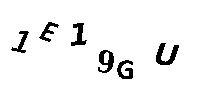
1E19GU